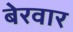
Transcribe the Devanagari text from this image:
बेरवार